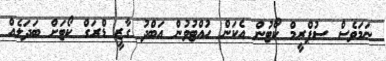
ނަމަވެސް ސުޕްރީމް ކޯޓުން އެކަން ހުއްޓުވުން އަބްދު ގާޒީ ޑްރަގް ކޯޓަށް ބަދަލެއް